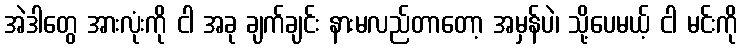
အဲဒါတွေ အားလုံးကို ငါ အခု ချက်ချင်း နားမလည်တာတော့ အမှန်ပဲ၊ သို့ပေမယ့် ငါ မင်းကို